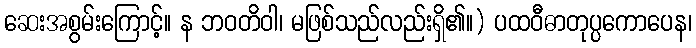
ဆေးအစွမ်းကြောင့်။ န ဘဝတိဝါ၊ မဖြစ်သည်လည်းရှိ၏။) ပထဝီဓာတုပ္ပကောပေန၊